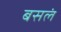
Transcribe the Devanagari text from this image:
बसलं